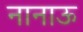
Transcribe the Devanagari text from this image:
नानाऊ